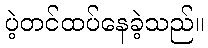
ပဲ့တင်ထပ်နေခဲ့သည်။